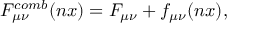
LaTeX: F \sb { \mu \nu } \sp { c o m b } ( n x ) = F \sb { \mu \nu } + f \sb { \mu \nu } ( n x ) ,